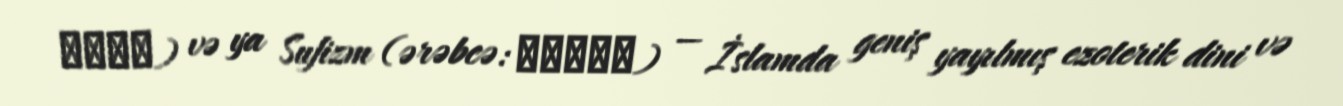
تصوف) və ya Sufizm (ərəbcə: صوفية) — İslamda geniş yayılmış ezoterik dini və